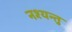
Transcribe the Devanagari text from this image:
नश्यन्तु